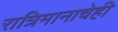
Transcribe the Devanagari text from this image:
रात्रिमानाचेही